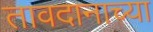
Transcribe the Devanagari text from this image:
तावदानाच्या